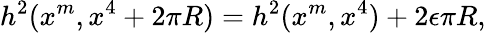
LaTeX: h^{2}(x^{m},x^{4}+2\pi R)=h^{2}(x^{m},x^{4})+2\epsilon\pi R,